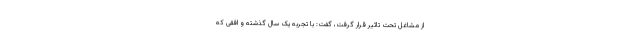
از مشاغل تحت تاثیر قرار گرفت، گفت: با تجربه یک سال گذشته و افقی که